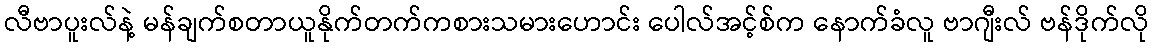
လီဗာပူးလ်နဲ့ မန်ချက်စတာယူနိုက်တက်ကစားသမားဟောင်း ပေါလ်အင့်စ်က နောက်ခံလူ ဗာဂျီးလ် ဗန်ဒိုက်လို